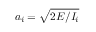
a _ { i } = \sqrt { 2 E / I _ { i } }